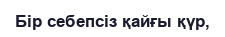
Бір себепсіз қайғы қүр,